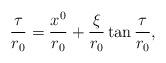
LaTeX: \begin{align*}\frac{\tau}{r_{0}}=\frac{x^{0}}{r_{0}}+\frac{\xi}{r_{0}}\tan{\frac{\tau}{r_{0}}},\end{align*}